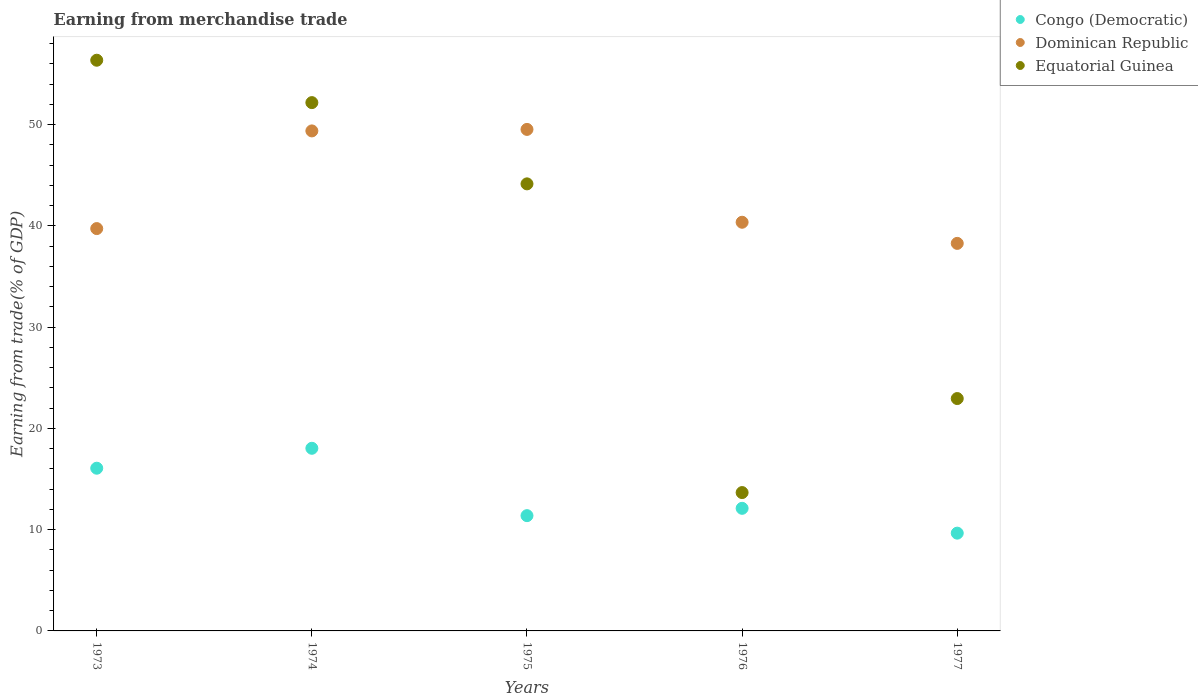
| Years | Congo (Democratic) | Dominican Republic | Equatorial Guinea |
 | --- | --- | --- | --- |
 | 1973 | 16.1 | 39.7 | 56.4 |
 | 1974 | 18 | 49.4 | 52.2 |
 | 1975 | 11.4 | 49.5 | 44.1 |
 | 1976 | 12.1 | 40.4 | 13.7 |
 | 1977 | 9.65 | 38.3 | 22.9 |